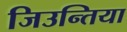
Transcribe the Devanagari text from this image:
जिउन्तिया